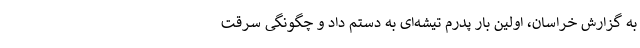
به گزارش خراسان، اولین بار پدرم تیشه‌ای به دستم داد و چگونگی سرقت